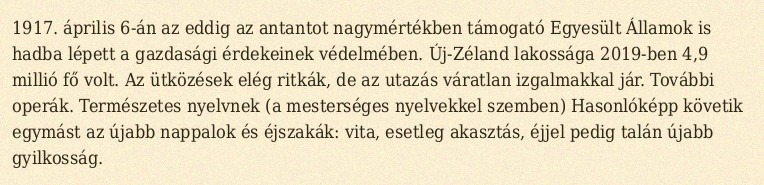
1917. április 6-án az eddig az antantot nagymértékben támogató Egyesült Államok is hadba lépett a gazdasági érdekeinek védelmében. Új-Zéland lakossága 2019-ben 4,9 millió fő volt. Az ütközések elég ritkák, de az utazás váratlan izgalmakkal jár. További operák. Természetes nyelvnek (a mesterséges nyelvekkel szemben) Hasonlóképp követik egymást az újabb nappalok és éjszakák: vita, esetleg akasztás, éjjel pedig talán újabb gyilkosság.